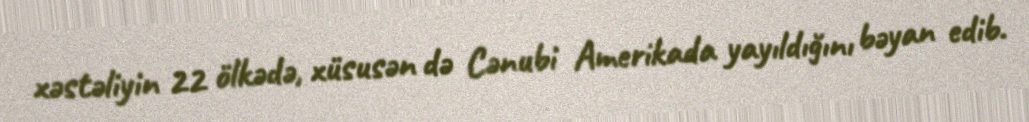
xəstəliyin 22 ölkədə, xüsusən də Cənubi Amerikada yayıldığını bəyan edib.